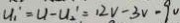
U _ { 1 } ^ { \prime } = U - U _ { 2 } ^ { \prime } = 1 2 V - 3 v - 9 v